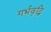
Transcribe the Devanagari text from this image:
गर्भवृद्धि